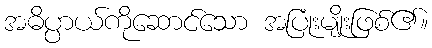
အဓိပ္ပာယ်ကိုဆောင်သော အပြုံးမျိုးဖြစ်၏။